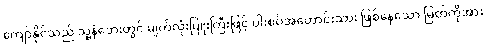
ကျော်နိုင်သည် သူ့နံဘေးတွင် မျက်လုံးပြူးကြီးဖြင့် ပါးစပ်အဟောင်းသား ဖြစ်နေသော မြတ်ကိုအား